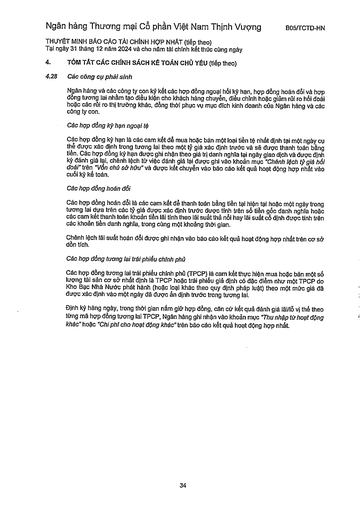
||(tiếp theo)| |---|---| |4.28|Các công cụ phái sinh| ||Ngân hàng và các công ty con ký kết các hợp đồng ngoại hối kỳ hạn, hợp đồng hoán đổi và hợp đồng tương lai nhằm tạo điều kiện cho khách hàng chuyển, điều chỉnh hoặc giảm rủi ro hối đoái hoặc các rủi ro thị trường khác, đồng thời phục vụ mục đích kinh doanh của Ngân hàng và các công ty con.| ||Các hợp đồng kỳ hạn ngoại tệ| ||Các hợp đồng kỳ hạn là các cam kết để mua hoặc bán một loại tiền tệ nhất định tại một ngày cụ thể được xác định trong tương lai theo một tỷ giá xác định trước và sẽ được thanh toán bằng tiền. Các hợp đồng kỳ hạn được ghi nhận theo giá trị danh nghĩa tại ngày giao dịch và được định kỳ đánh giá lại, chênh lệch từ việc đánh giá lại được ghi vào khoản mục "Chênh lệch tỷ giá hối đoái" trên "Vốn chủ sở hữu" và được kết chuyển vào báo cáo kết quả hoạt động hợp nhất vào cuối kỳ kế toán.| ||Các hợp đồng hoán đổi| ||Các hợp đồng hoán đổi là các cam kết để thanh toán bằng tiền tại hiện tại hoặc một ngày trong tương lai dựa trên các tỷ giá được xác định trước được tính trên số tiền gốc danh nghĩa hoặc các cam kết thanh toán khoản tiền lãi tính theo lãi suất thả nổi hay lãi suất cố định được tính trên các khoản tiền danh nghĩa, trong cùng một khoảng thời gian.| ||Chênh lệch lãi suất hoán đổi được ghi nhận vào báo cáo kết quả hoạt động hợp nhất trên cơ sở dồn tích.| ||Các hợp đồng tương lai trái phiếu chính phủ| ||Các hợp đồng tương lai trái phiếu chính phủ (TPCP) là cam kết thực hiện mua hoặc bán một số lượng tài sản cơ sở nhất định là TPCP hoặc trái phiếu giả định có đặc điểm như một TPCP do Kho Bạc Nhà Nước phát hành (hoặc loại khác theo quy định pháp luật) theo một mức giá đã được xác định vào một ngày đã được ấn định trước trong tương lai.| ||Định kỳ hàng ngày, trong thời gian nắm giữ hợp đồng, căn cứ kết quả đánh giá lãi/lỗ vị thế theo từng mã hợp đồng tương lai TPCP, Ngân hàng ghi nhận vào khoản mục "Thu nhập từ hoạt động khác" hoặc "Chi phí cho hoạt động khác" trên báo cáo kết quả hoạt động hợp nhất.|